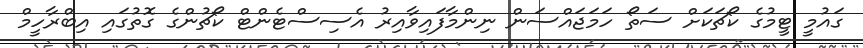
ގައުމީ ޓީމުގެ ކޯޗަކަށް ސަތޯ ހަމަޖައްސަން ނިންމާފައިވާއިރު އެސިސްޓެންޓް ކޯޗުންގެ ގޮތުގައި އިބްރާހީމް